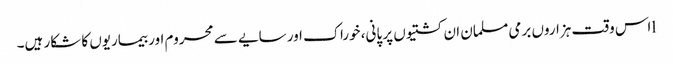
lاس وقت ہزاروں برمی مسلمان ان کشتیوں پر پانی، خوراک اور سایے سے محروم اور بیماریوں کا شکار ہیں۔